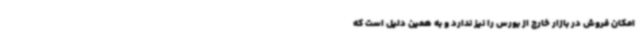
امکان فروش در بازار خارج از بورس را نیز ندارد و به همین دلیل است که